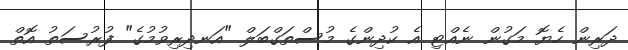
ދަރިން ހެޔޮ މަގުން ނެއްޓި އެ ކުދިންގެ މުސްތަގްބަލް "އަނދިރިވުމުގެ" ފުރުސަތު އޮތް